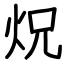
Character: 炾